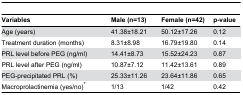
| Variables | Male (n=13) | Female (n=42) | p-value |
 | --- | --- | --- | --- |
 | Age (years) | 41.38±18.21 | 50.12±17.26 | 0.12 |
 | Treatment duration (months) | 8.31±8.98 | 16.79±19.80 | 0.14 |
 | PRL level before PEG (ng/ml) | 14.41±8.73 | 15.52±24.23 | 0.87 |
 | PRL level after PEG (ng/ml) | 10.87±7.12 | 11.42±13.61 | 0.89 |
 | PEG-precipitated PRL (%) | 25.33±11.26 | 23.64±11.86 | 0.65 |
 | Macroprolactinemia (yes/no)* | 1/13 | 1/42 | 0.42 |